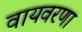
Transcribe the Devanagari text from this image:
वायवरणा